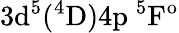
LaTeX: \mathrm{3d^{5}(^{4}D)4p\ ^{5}F^{o}}